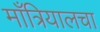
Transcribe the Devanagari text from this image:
माँत्रियालचा